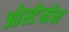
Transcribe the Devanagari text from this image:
ओस्टेर्मन